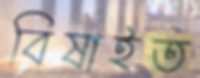
বিষাইত